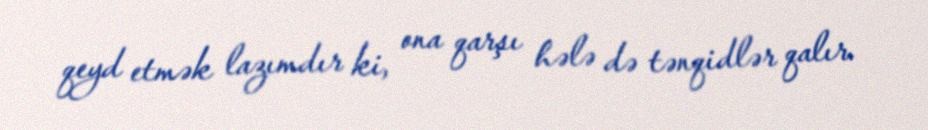
qeyd etmək lazımdır ki, ona qarşı hələ də tənqidlər qalır.